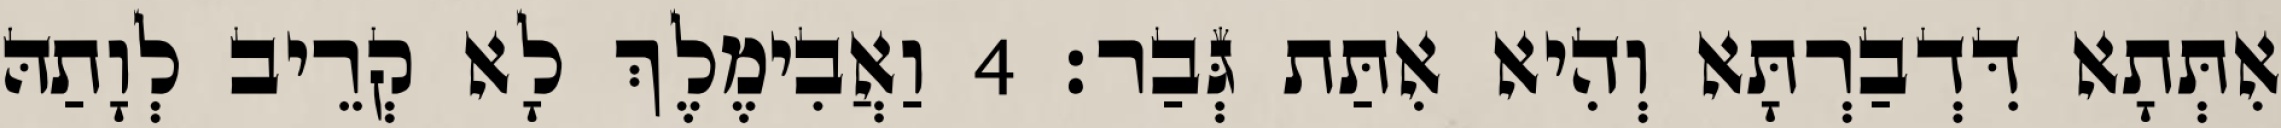
אִתְּתָא דִּדְבַרְתָּא וְהִיא אִתַּת גְּבַר׃ 4 וַאֲבִימֶלֶךְ לָא קְרֵיב לְוָתַהּ